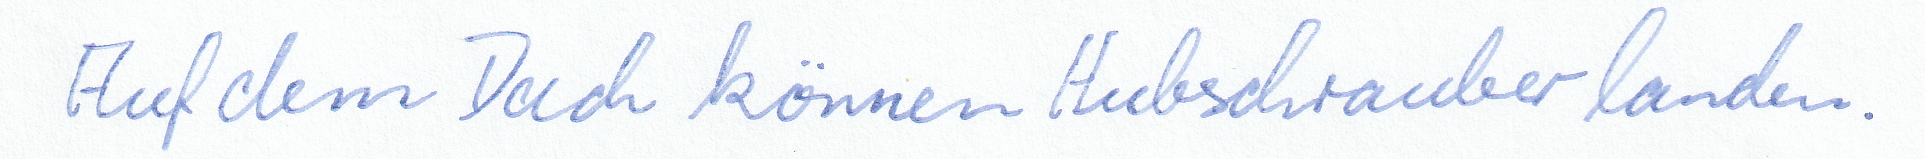
Auf dem Dach können Hubschrauber landen.